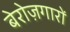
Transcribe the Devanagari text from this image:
बेरोज़गारों